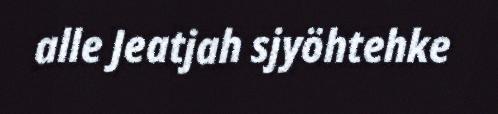
alle Jeatjah sjyöhtehke